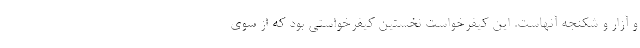
و آزار و شکنجه آنهاست. این کیفرخواست نخستین کیفرخواستی بود که از سوی